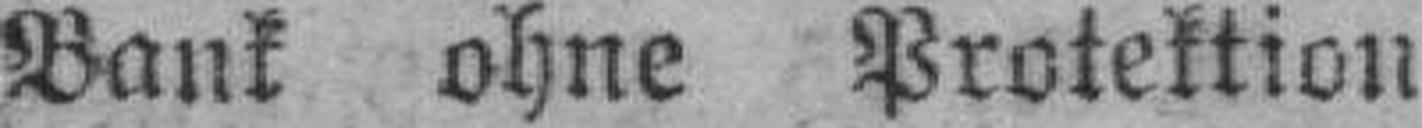
Bank ohne Protektion